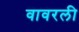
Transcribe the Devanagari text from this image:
वावरली